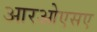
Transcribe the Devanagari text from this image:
आरओएसए